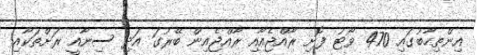
އިންތިހާބުގައި 470 ވޯޓު ފޮށި ރާއްޖެއާއި ރާއްޖެއިން ބޭރުގަ އަދި ސިނާއީ ރަށްތަކާއި